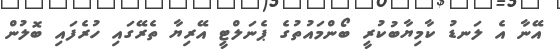
އޭނާ އެ ލަނޑު ކާމިޔާބުކުރީ ބޯންމައުތުގެ ޕެނަލްޓީ އޭރިޔާ ތެރޭގައި ހުރެފައި ބޮލުން